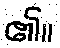
၏။